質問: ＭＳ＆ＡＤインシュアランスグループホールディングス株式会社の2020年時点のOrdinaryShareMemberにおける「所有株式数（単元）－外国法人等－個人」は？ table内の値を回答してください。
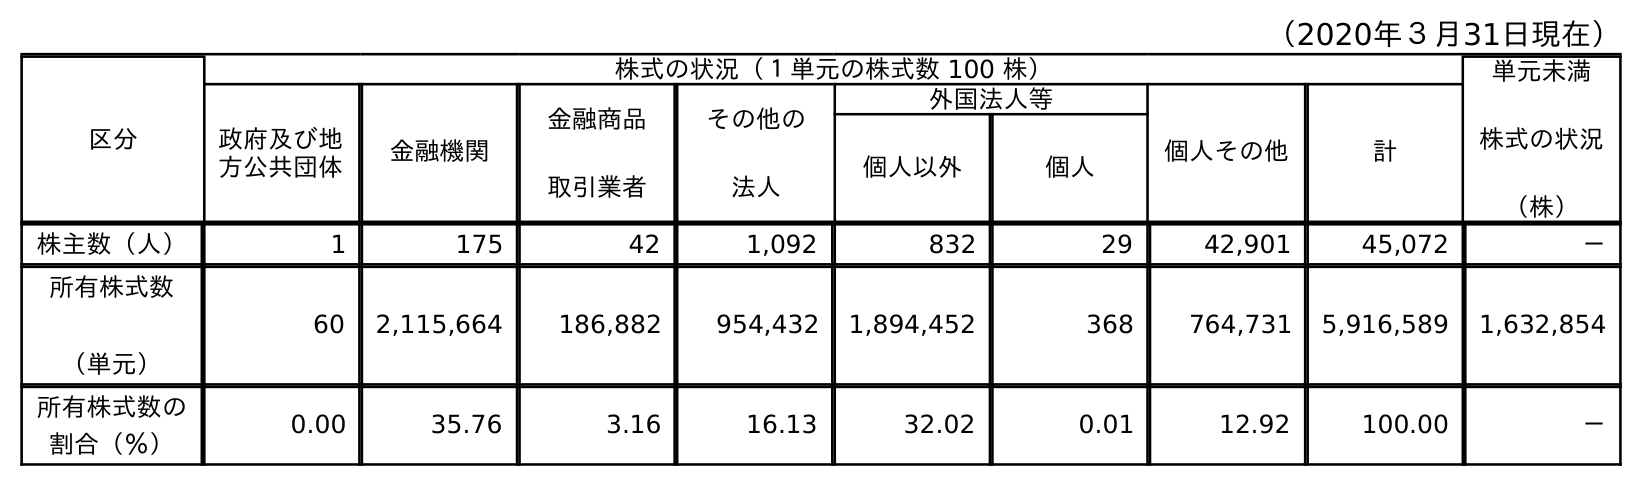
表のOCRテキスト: （2020年３月31日現在） 区分 株式の状況（１単元の株式数 100 株） 単元未満 株式の状況 （株） 政府及び地 方公共団体 金融機関 金融商品 取引業者 その他の 法人 外国法人等 個人その他 計 個人以外 個人 株主数（人） 1 175 42 1,092 832 29 42,901 45,072 － 所有株式数 （単元） 60 2,115,664 186,882 954,432 1,894,452 368 764,731 5,916,589 1,632,854 所有株式数の 割合（％） 0.00 35.76 3.16 16.13 32.02 0.01 12.92 100.00 －
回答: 368